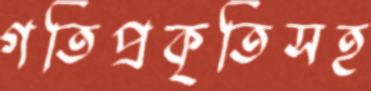
গতিপ্রকৃতিসহ